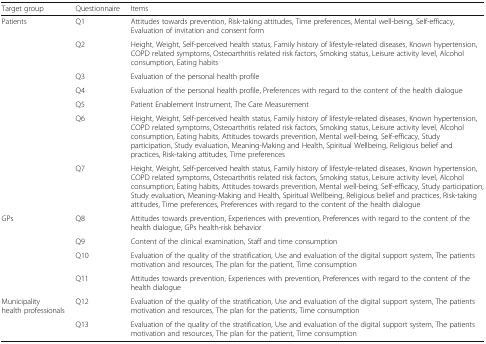
<table><thead><tr><td><b>Target group</b></td><td><b>Questionnaire</b></td><td><b>Items</b></td></tr></thead><tbody><tr><td rowspan="7">Patients</td><td>Q1</td><td>Attitudes towards prevention, Risk-taking attitudes, Time preferences, Mental well-being, Self-efficacy, Evaluation of invitation and consent form</td></tr><tr><td>Q2</td><td>Height, Weight, Self-perceived health status, Family history of lifestyle-related diseases, Known hypertension, COPD related symptoms, Osteoarthritis related risk factors, Smoking status, Leisure activity level, Alcohol consumption, Eating habits</td></tr><tr><td>Q3</td><td>Evaluation of the personal health profile</td></tr><tr><td>Q4</td><td>Evaluation of the personal health profile, Preferences with regard to the content of the health dialogue</td></tr><tr><td>Q5</td><td>Patient Enablement Instrument, The Care Measurement</td></tr><tr><td>Q6</td><td>Height, Weight, Self-perceived health status, Family history of lifestyle-related diseases, Known hypertension, COPD related symptoms, Osteoarthritis related risk factors, Smoking status, Leisure activity level, Alcohol consumption, Eating habits, Attitudes towards prevention, Mental well-being, Self-efficacy, Study participation, Study evaluation, Meaning-Making and Health, Spiritual Wellbeing, Religious belief and practices, Risk-taking attitudes, Time preferences</td></tr><tr><td>Q7</td><td>Height, Weight, Self-perceived health status, Family history of lifestyle-related diseases, Known hypertension, COPD related symptoms, Osteoarthritis related risk factors, Smoking status, Leisure activity level, Alcohol consumption, Eating habits, Attitudes towards prevention, Mental well-being, Self-efficacy, Study participation, Study evaluation, Meaning-Making and Health, Spiritual Wellbeing, Religious belief and practices, Risk-taking attitudes, Time preferences, Preferences with regard to the content of the health dialogue</td></tr><tr><td rowspan="4">GPs</td><td>Q8</td><td>Attitudes towards prevention, Experiences with prevention, Preferences with regard to the content of the health dialogue, GPs health-risk behavior</td></tr><tr><td>Q9</td><td>Content of the clinical examination, Staff and time consumption</td></tr><tr><td>Q10</td><td>Evaluation of the quality of the stratification, Use and evaluation of the digital support system, The patients motivation and resources, The plan for the patient, Time consumption</td></tr><tr><td>Q11</td><td>Attitudes towards prevention, Experiences with prevention, Preferences with regard to the content of the health dialogue</td></tr><tr><td rowspan="2">Municipality health professionals</td><td>Q12</td><td>Evaluation of the quality of the stratification, Use and evaluation of the digital support system, The patients motivation and resources, The plan for the patients, Time consumption</td></tr><tr><td>Q13</td><td>Evaluation of the quality of the stratification, Use and evaluation of the digital support system, The patients motivation and resources, The plan for the patient, Time consumption</td></tr></tbody></table>